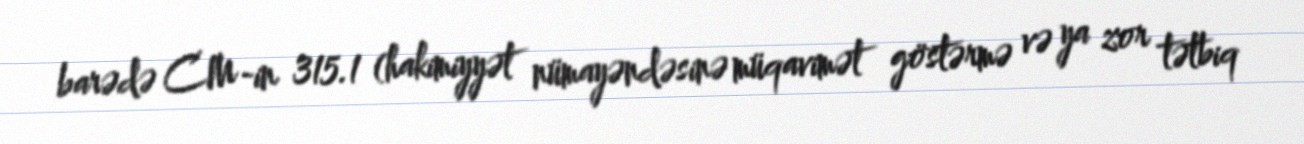
barədə CM-in 315.1 (hakimiyyət nümayəndəsinə müqavimət göstərmə və ya zor tətbiq